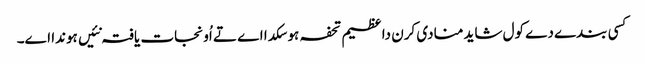
کسی بندے دے کول شاید منادی کرن دا عظیم تحفہ ہو سکدا اے تے اُو نجات یافتہ نئیں ہوندا اے۔